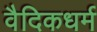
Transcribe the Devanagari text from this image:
वैदिकधर्म